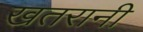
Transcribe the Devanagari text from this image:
खतरानी